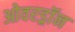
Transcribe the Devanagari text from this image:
ओवरड्रॉन